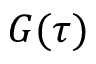
G ( \tau )